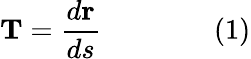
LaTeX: \mathbf{T}={\frac{d\mathbf{r}}{ds}}\qquad\qquad(1)